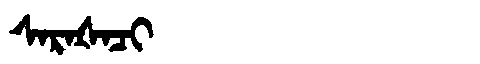
Manchu: ᠰᠠᡵᠠᡧᠠᠴᡳ
Romanization: SARAŠACI